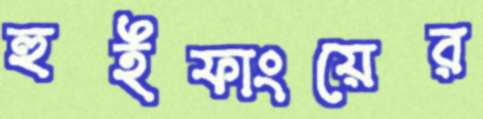
হুইফাংয়ের